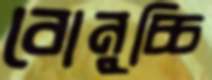
বোনুচ্চি